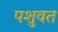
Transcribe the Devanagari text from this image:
पशुवत